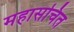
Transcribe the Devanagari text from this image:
महासचित